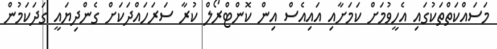
މަސައްކަތްތަކުގައި އެހީވުމަށް ކަމަށާއި އައިއެސް އިން ކޮންޓްރޯލް ކުރާ ސަރަހައްދަކަށް ގެންދިޔައީ ގަދަކަމުން